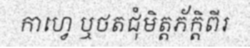
កាហ្វេ ឬថតជុំមិត្តភ័ក្តិពីរ